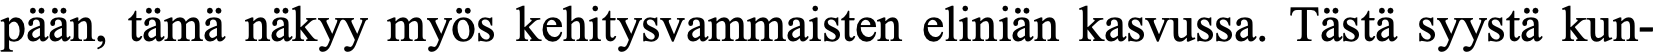
pään, tämä näkyy myös kehitysvammaisten eliniän kasvussa. Tästä syystä kun-